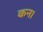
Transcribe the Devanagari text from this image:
कन।